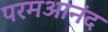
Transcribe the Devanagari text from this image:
परमआनंद